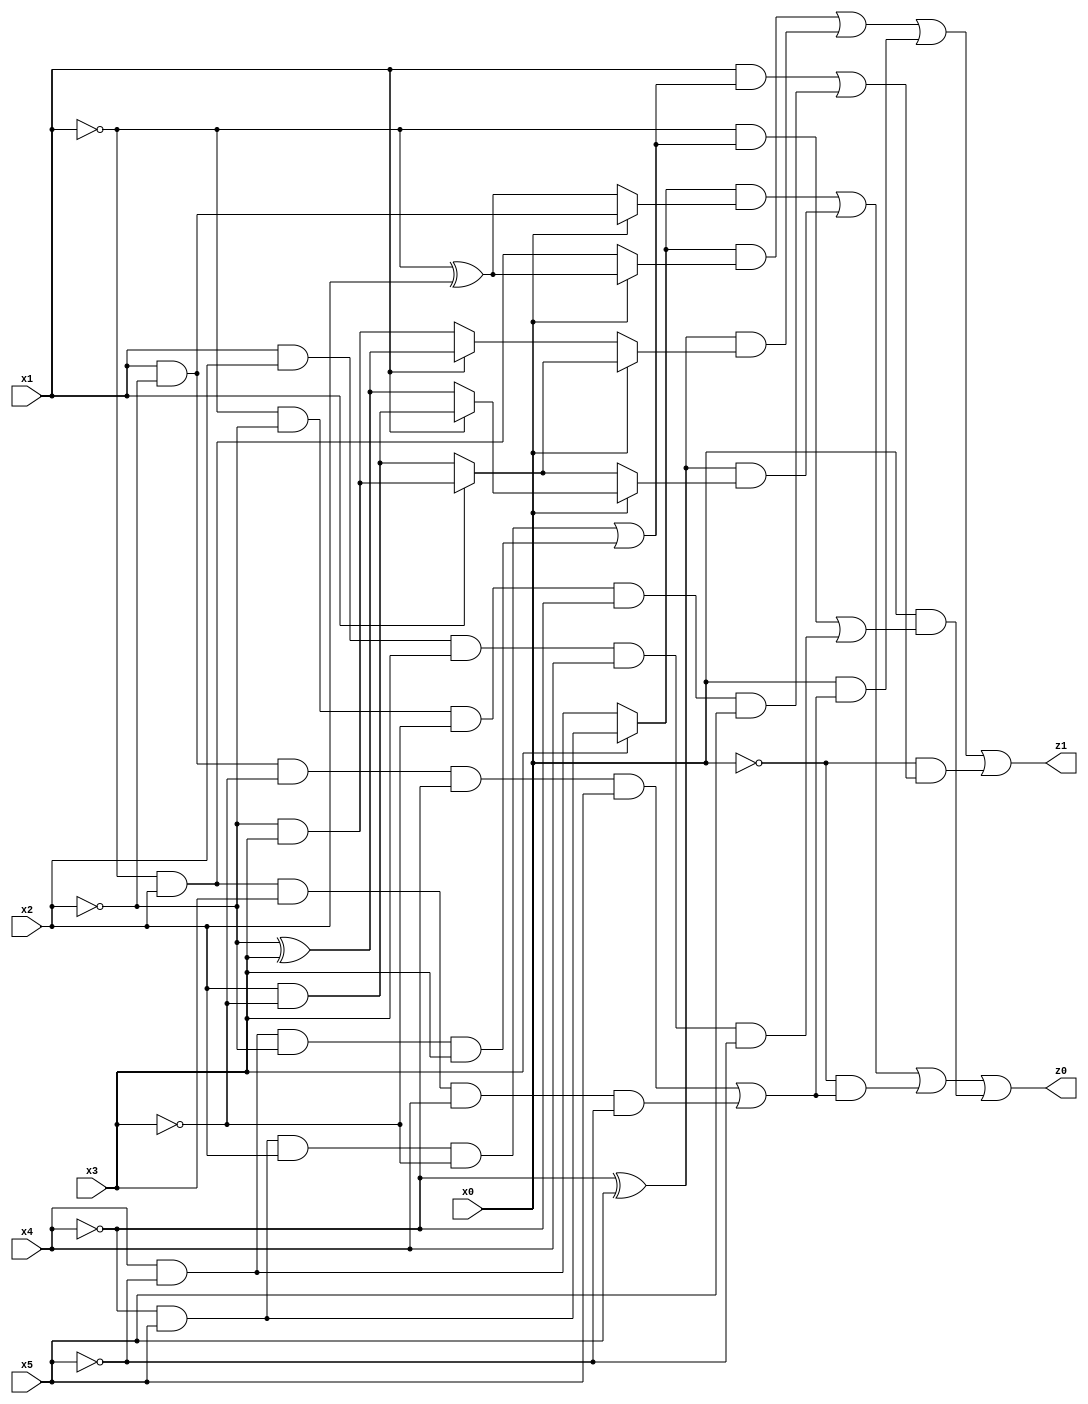
// Benchmark "q_1" written by ABC on Mon Jul 10 14:17:37 2023

module q_1 ( 
    x0, x1, x2, x3, x4, x5,
    z0, z1  );
  input  x0, x1, x2, x3, x4, x5;
  output z0, z1;
  assign z0 = ((x3 ? (~x4 & x5) : (x4 & ~x5)) & (x0 ? (x1 & ~x2) : (~x1 ^ x2))) | ((~x4 ^ x5) & (x0 ? (x1 ? (x2 & ~x3) : (~x2 ^ x3)) : (x1 ? (~x2 & x3) : (x2 & ~x3)))) | (~x0 & ((x1 & ~x2 & ~x3 & ~x4 & x5) | (~x1 & x2 & x3 & x4 & ~x5))) | (x0 & ((~x1 & ((~x4 & x5 & x2 & ~x3) | (x4 & ~x5 & ~x2 & x3))) | (x1 & x2 & x3 & x4 & ~x5)));
  assign z1 = ((x3 ? (~x4 & x5) : (x4 & ~x5)) & (x0 ? (~x1 ^ x2) : (~x1 & x2))) | ((~x4 ^ x5) & (x0 ? (x1 ? (~x2 & x3) : (x2 & ~x3)) : (x1 ? (~x2 ^ x3) : (~x2 & x3)))) | (x0 & ((x1 & ~x2 & ~x3 & ~x4 & x5) | (~x1 & x2 & x3 & x4 & ~x5))) | (~x0 & ((x1 & ((~x4 & x5 & x2 & ~x3) | (x4 & ~x5 & ~x2 & x3))) | (~x1 & ~x2 & ~x3 & ~x4 & x5)));
endmodule